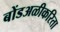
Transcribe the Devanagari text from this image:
बोंडअळीकरिता